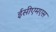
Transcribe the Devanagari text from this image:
ईसीएमएस